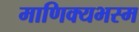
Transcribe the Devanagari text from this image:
माणिक्यभस्म